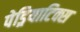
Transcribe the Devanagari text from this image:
पेड्रियाटिक्स